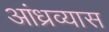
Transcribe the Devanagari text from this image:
आंध्रव्यास